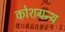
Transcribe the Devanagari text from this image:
कोशग्रन्थ